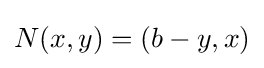
\!\,N(x,y)=(b-y,x)